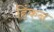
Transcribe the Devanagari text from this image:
हिंकन